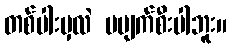
တစ်ပါးမှလဲ မပျက်စီးပါဘူး။